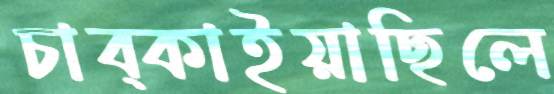
চাব্‌কাইয়াছিলে